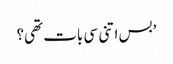
’بس اتنی سی بات تھی؟